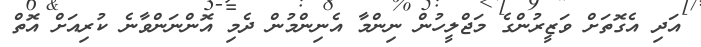
އަދި އެގޮތަށް ވަޒީރުންގެ މަޖްލީހުން ނިންމާ އެނިންމުން ދެމި އޮންނަންވާނެ ކުރިއަށް އޮތް